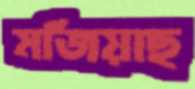
মজিয়াছ